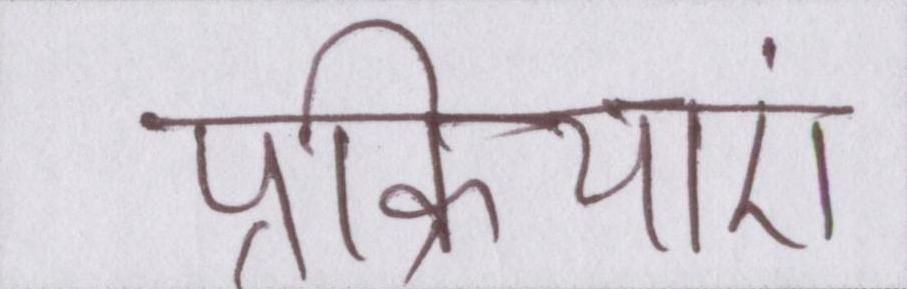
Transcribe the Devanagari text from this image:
प्रक्रियाएं